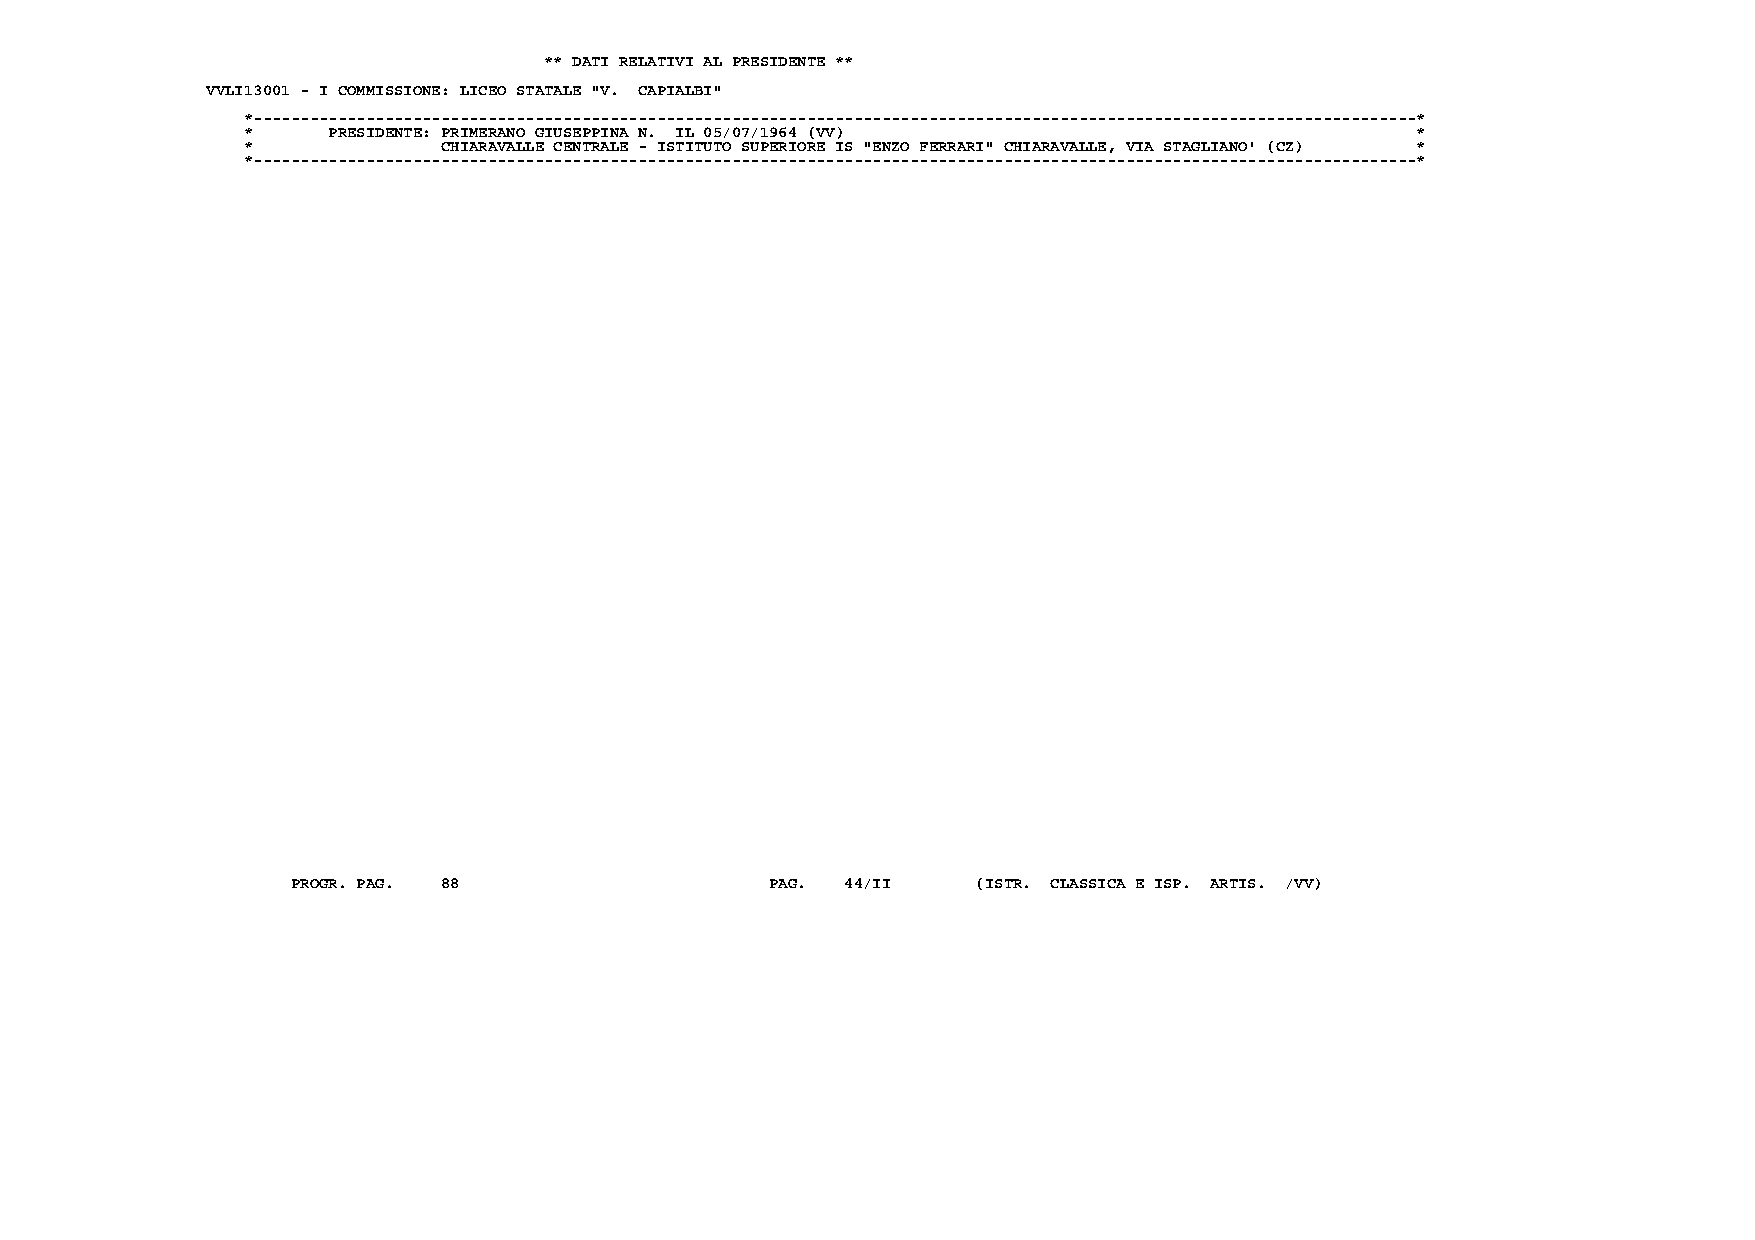
** DATI RELATIVI AL PRESIDENTE **
 VVLI13001 - I COMMISSIONE: LICEO STATALE "V. CAPIALBI"
 *----------------------------------------------------------------------------------------------------------------------------*
 *     PRESIDENTE: PRIMERANO GIUSEPPINA N. IL 05/07/1964 (VV)                  *
 *            CHIARAVALLE CENTRALE - ISTITUTO SUPERIORE IS "ENZO FERRARI" CHIARAVALLE, VIA STAGLIANO' (CZ) *
 *----------------------------------------------------------------------------------------------------------------------------*
 PROGR. PAG. 88                  PAG. 44/II    (ISTR. CLASSICA E ISP. ARTIS. /VV)